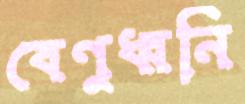
বেণুধ্বনি